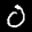
Label: 0